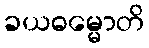
ခယဓမ္မောတိ